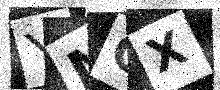
Text: YNGX